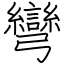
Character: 彎